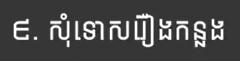
៩. សុំទោសរឿងកន្លង